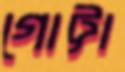
গোট্টা